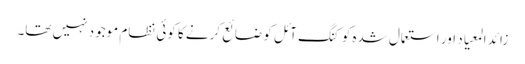
زائد المعیاد اور استعمال شدہ کوکنگ آئل کو ضائع کرنے کا کوئی نظام موجود نہیں تھا۔